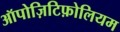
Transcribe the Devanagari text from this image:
ऑपोज़िटिफ़ोलियम